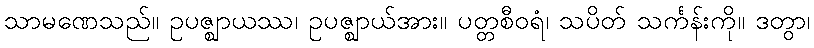
သာမဏေသည်။ ဥပဇ္ဈာယဿ၊ ဥပဇ္ဈာယ်အား။ ပတ္တစီဝရံ၊ သပိတ် သင်္ကန်းကို။ ဒတွာ၊